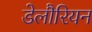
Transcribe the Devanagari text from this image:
डेलौरियन